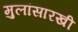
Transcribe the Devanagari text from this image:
मुलांसारखी